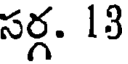
సర్గ. 13